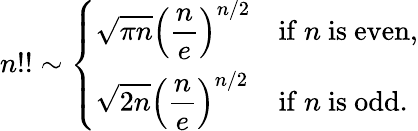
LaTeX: n!!\sim{\left\{ \begin{array}{ll}{\displaystyle{\sqrt{\pi n}}\left({\frac{n}{e}}\right)^{n/2}}&{{\mathrm{if~}}n{\mathrm{~is~even}},}\\ {\displaystyle{\sqrt{2n}}\left({\frac{n}{e}}\right)^{n/2}}&{{\mathrm{if~}}n{\mathrm{~is~odd}}.}\end{array}\right.}